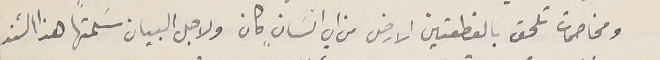
ومخاصمات تلحق بالقطعتين الارض من اي انسانٍ كان ولاجل البيان سَلمتها هذا السَند